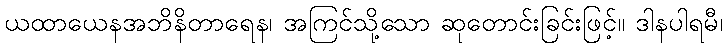
ယထာယေနအဘိနိတာရေန၊ အကြင်သို့သော ဆုတောင်းခြင်းဖြင့်။ ဒါနပါရမီ၊